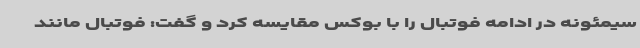
سیمئونه در ادامه فوتبال را با بوکس مقایسه کرد و گفت: فوتبال مانند